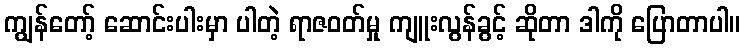
ကျွန်တော့် ဆောင်းပါးမှာ ပါတဲ့ ရာဇဝတ်မှု ကျူးလွန်ခွင့် ဆိုတာ ဒါကို ပြောတာပါ။